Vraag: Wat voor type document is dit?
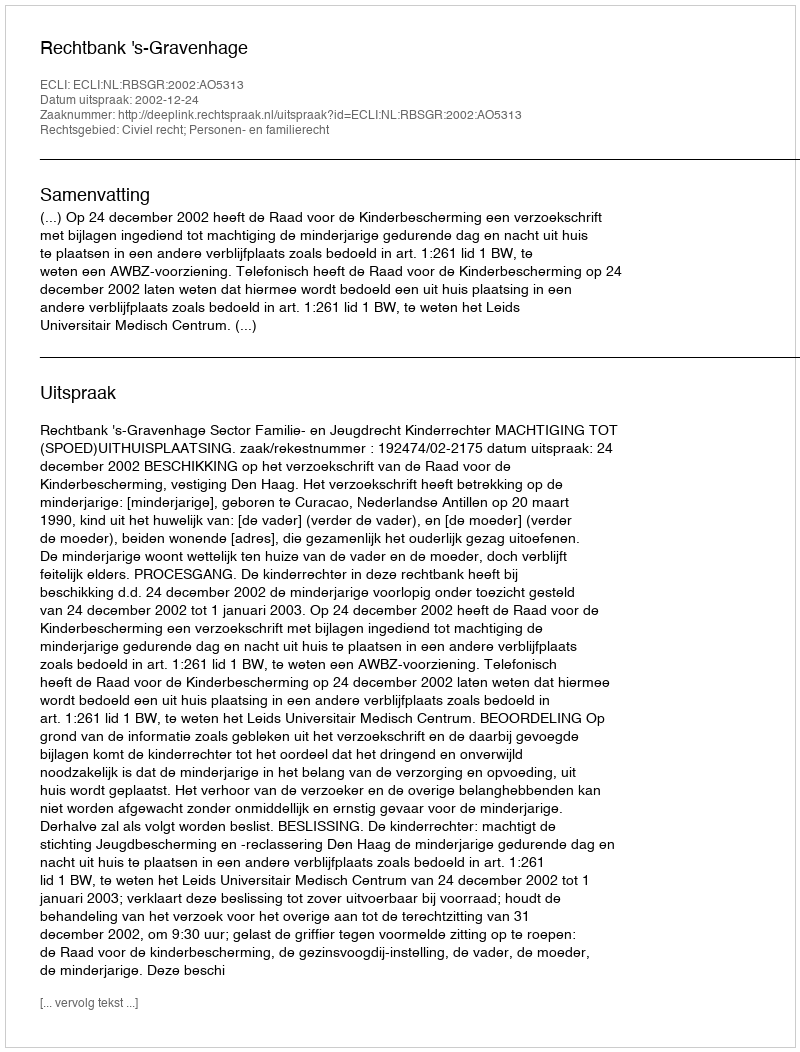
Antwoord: Uitspraak